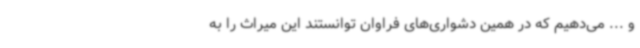
و ... می‌دهیم که در همین دشواری‌های فراوان توانستند این میراث را به